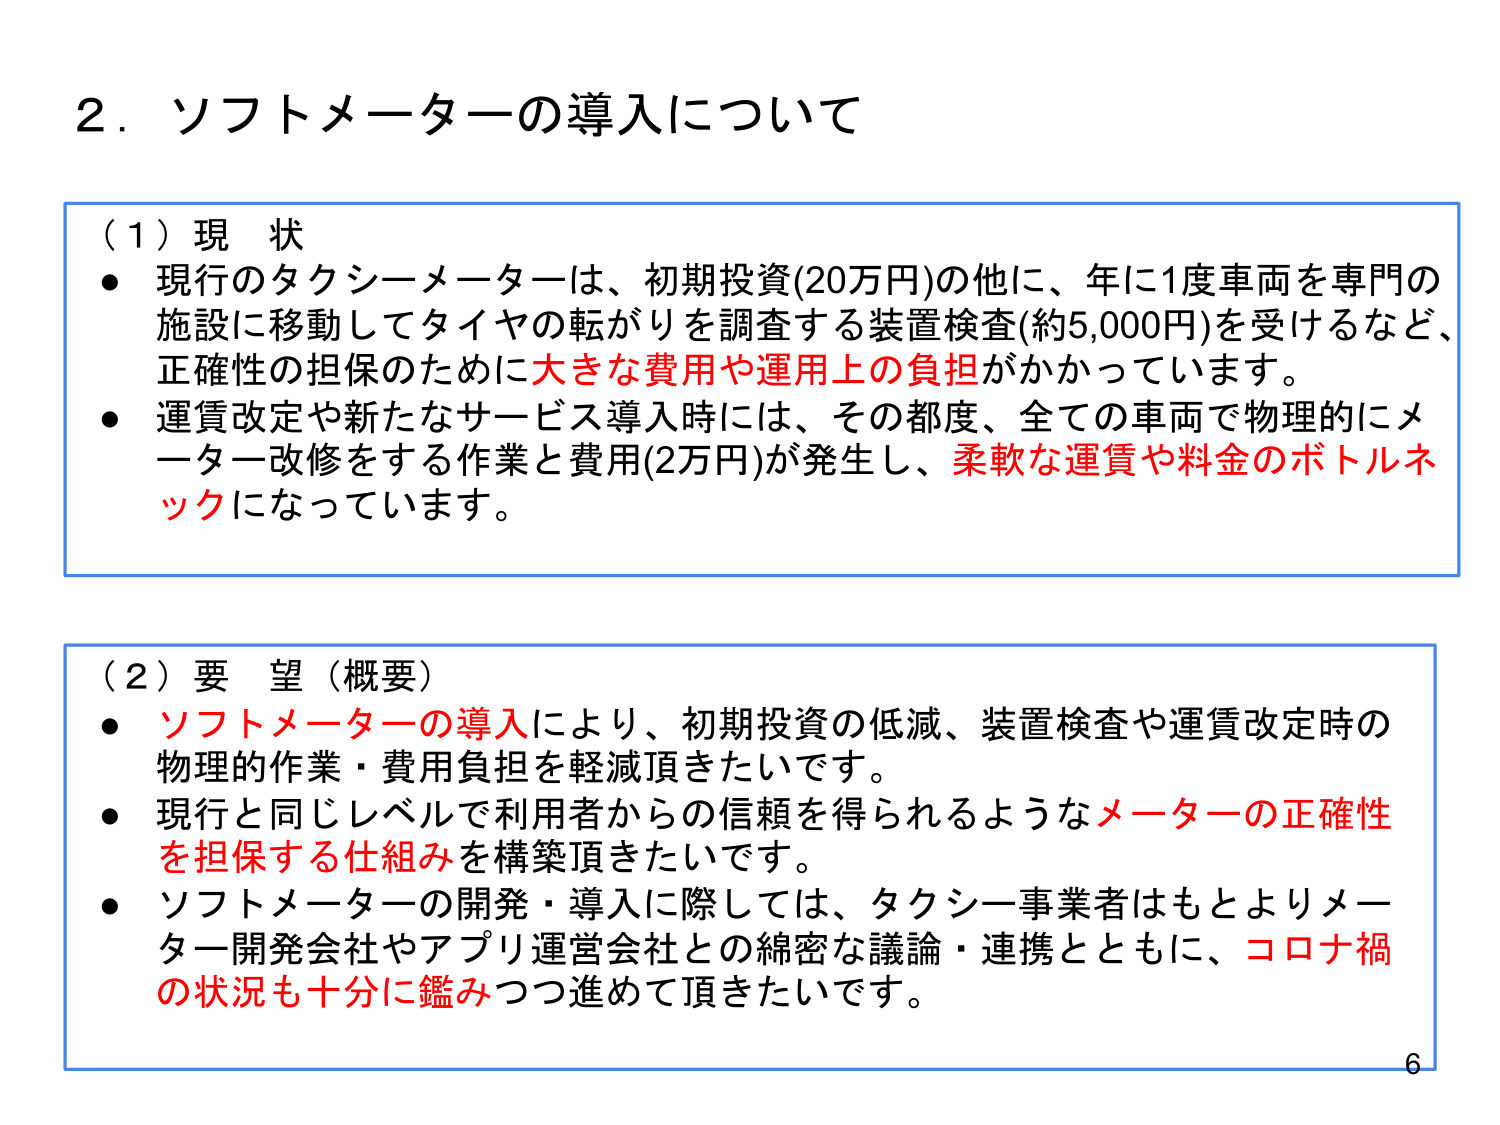
2．ソフトメーターの導入について

（1）現状
● 現行のタクシーメーターは、初期投資(20万円)の他に、年に1度車両を専門の施設に移動してタイヤの転がりを調査する装置検査(約5,000円)を受けるなど、正確性の担保のために大きな費用や運用上の負担がかかっています。
● 運賃改定や新たなサービス導入時には、その都度、全ての車両で物理的にメーター改修をする作業と費用(2万円)が発生し、柔軟な運賃や料金のボトルネックになっています。

（2）要望（概要）
● ソフトメーターの導入により、初期投資の低減、装置検査や運賃改定時の物理的作業・費用負担を軽減頂きたいです。
● 現行と同じレベルで利用者からの信頼を得られるようなメーターの正確性を担保する仕組みを構築頂きたいです。
● ソフトメーターの開発・導入に際しては、タクシー事業者はもとよりメーター開発会社やアプリ運営会社との綿密な議論・連携とともに、コロナ禍の状況も十分に鑑みつつ進めて頂きたいです。

6